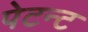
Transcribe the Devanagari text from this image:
पेटन्ट